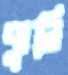
ঝুলি